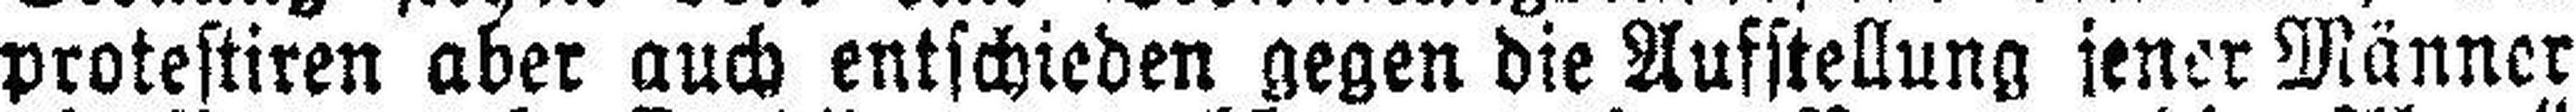
protestiren aber auch entschieden gegen die Aufstellung jener Männer